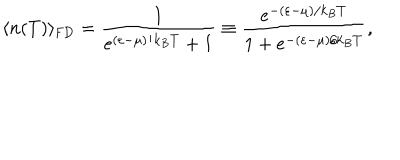
\langle n ( T ) \rangle _ { \mathrm { { F D } } } = \frac { 1 } { e ^ { ( \varepsilon - \mu ) / k _ { B } T } + 1 } \equiv \frac { e ^ { - ( \varepsilon - \mu ) / k _ { B } T } } { 1 + e ^ { - ( \varepsilon - \mu ) / k _ { B } T } } ,